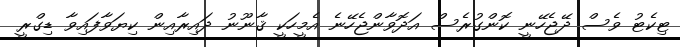
ޓިކެޓު ވެސް ދޭޖެހޭނީ ކޮންގުރެސް އަދޮވާންޖެހޭނެ އެމީހަކީ ޤާނޫނު ދައިރާއިން ކިޔަވާފައިވާ ޑިގްރީ